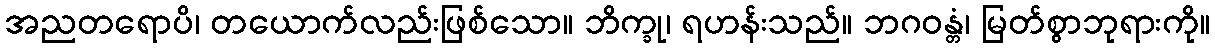
အညတရောပိ၊ တယောက်လည်းဖြစ်သော။ ဘိက္ခု၊ ရဟန်းသည်။ ဘဂဝန္တံ၊ မြတ်စွာဘုရားကို။